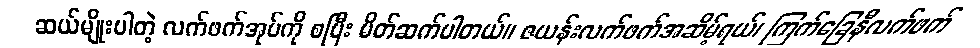
ဆယ်မျိုးပါတဲ့ လက်ဖက်အုပ်ကို စပြီး မိတ်ဆက်ပါတယ်။ ဇယန်းလက်ဖက်အဆိမ့်ရယ်၊ ကြက်ခြေနီလက်ဖက်